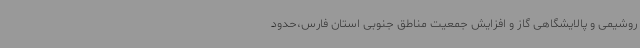
روشیمی و پالایشگاهی گاز و افزایش جمعیت مناطق جنوبی استان فارس،حدود